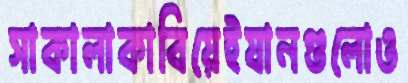
সাকালাকাবিয়েইযানগুলোও